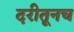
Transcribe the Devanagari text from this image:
दरीतूनच